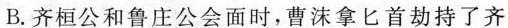
B. 齐桓公和鲁庄公会面时，曹沫拿匕首劫持了齐